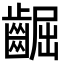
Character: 𪘳